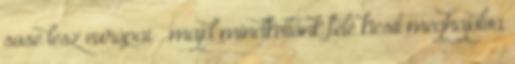
sose lesz európai – majd mindkettőnk felé kicsit meghajolva